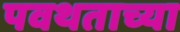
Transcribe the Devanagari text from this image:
पवथताच्या